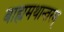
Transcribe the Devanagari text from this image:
बाह्यमथान्तरम्